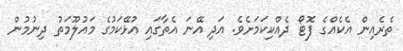
ތެރެއިން އެކެއްގެ ފޮޓޯ ދެއްކިކަމަށެވެ. އަދި އޭނަ އެތާގައި އުޅޭކަމުގެ މައުލޫމަތު ދިނުމުން